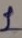
Text: 1